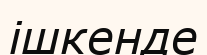
ішкенде